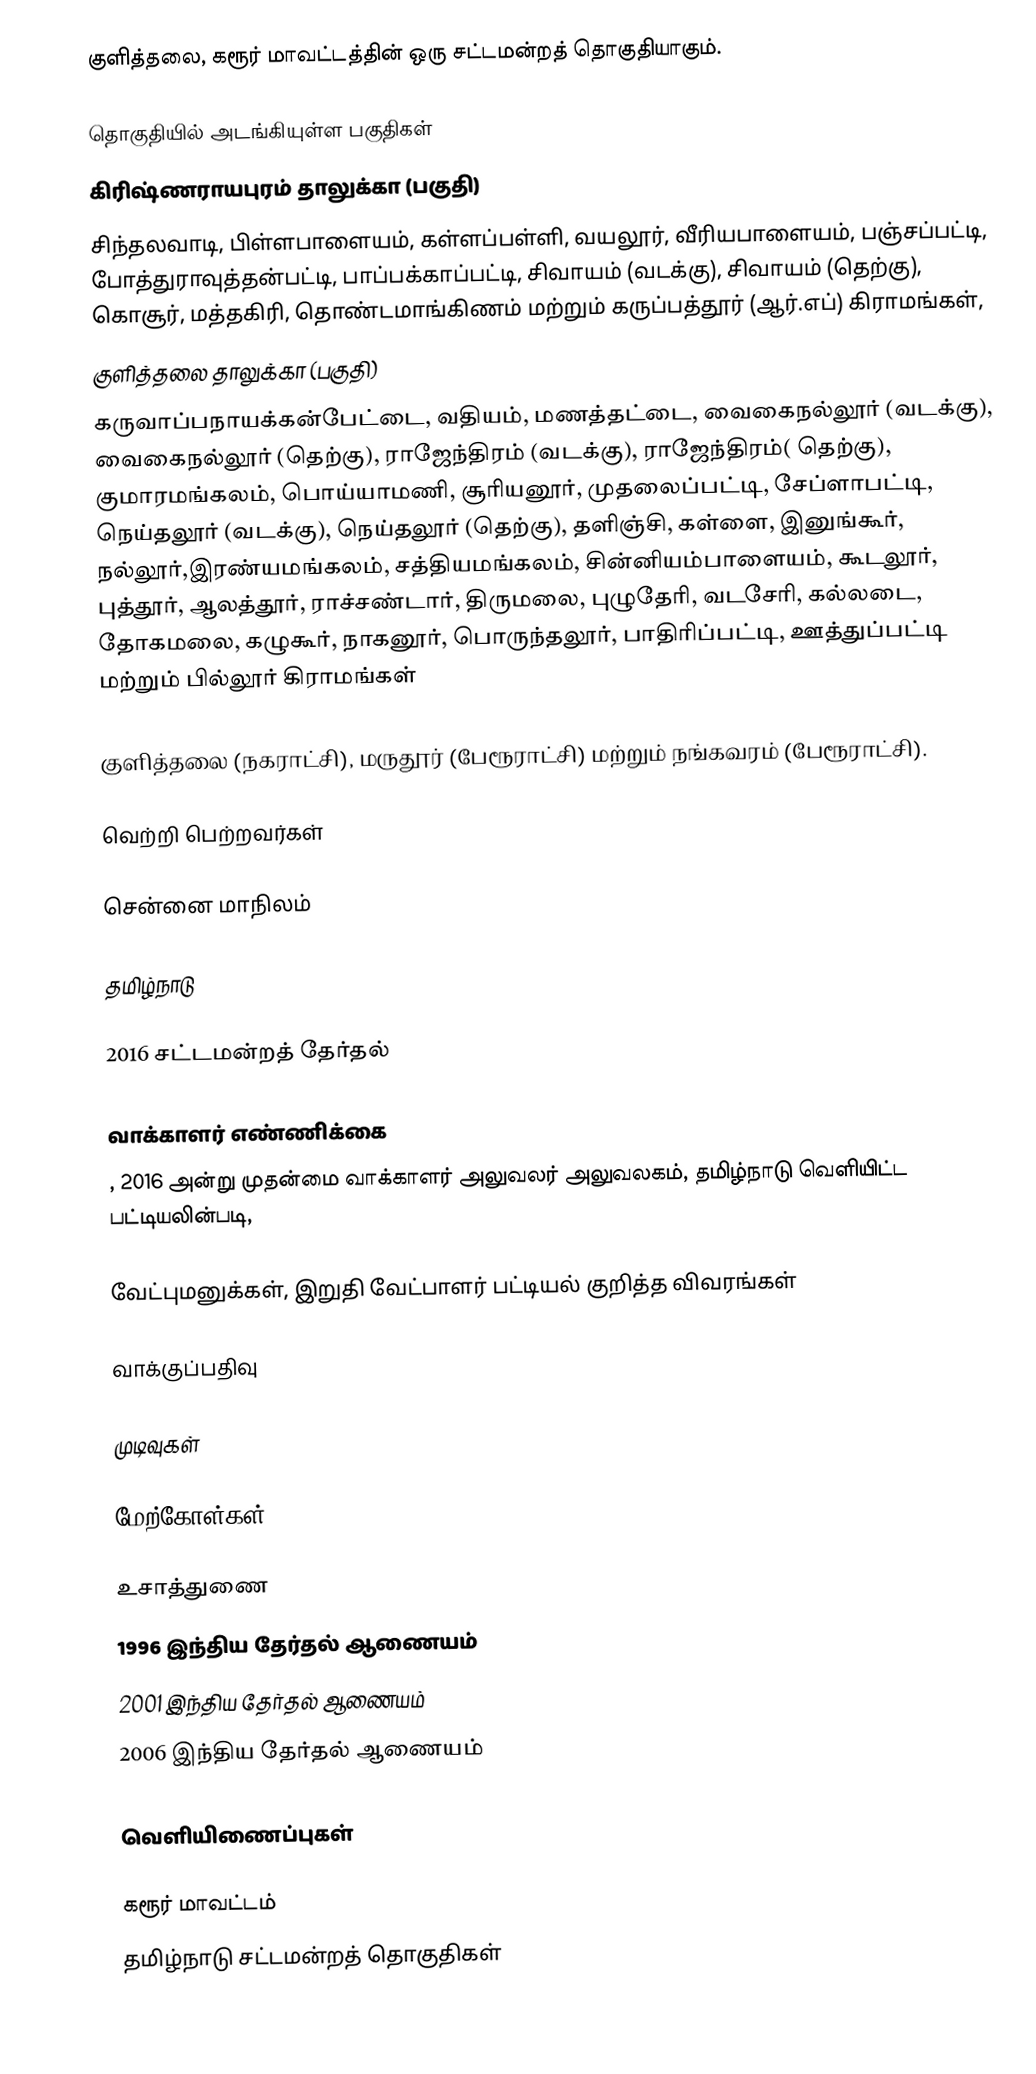
குளித்தலை, கரூர் மாவட்டத்தின் ஒரு சட்டமன்றத் தொகுதியாகும்.

தொகுதியில் அடங்கியுள்ள பகுதிகள்
கிரிஷ்ணராயபுரம் தாலுக்கா (பகுதி)
சிந்தலவாடி, பிள்ளபாளையம், கள்ளப்பள்ளி, வயலூர், வீரியபாளையம், பஞ்சப்பட்டி, போத்துராவுத்தன்பட்டி, பாப்பக்காப்பட்டி, சிவாயம் (வடக்கு), சிவாயம் (தெற்கு), கொசூர், மத்தகிரி, தொண்டமாங்கிணம் மற்றும் கருப்பத்தூர் (ஆர்.எப்) கிராமங்கள்,
குளித்தலை தாலுக்கா (பகுதி)
கருவாப்பநாயக்கன்பேட்டை, வதியம், மணத்தட்டை, வைகைநல்லூர் (வடக்கு), வைகைநல்லூர் (தெற்கு), ராஜேந்திரம் (வடக்கு), ராஜேந்திரம்( தெற்கு), குமாரமங்கலம், பொய்யாமணி, சூரியனூர், முதலைப்பட்டி, சேப்ளாபட்டி, நெய்தலூர் (வடக்கு), நெய்தலூர் (தெற்கு), தளிஞ்சி, கள்ளை, இனுங்கூர், நல்லூர்,இரண்யமங்கலம், சத்தியமங்கலம், சின்னியம்பாளையம், கூடலூர், புத்தூர், ஆலத்தூர், ராச்சண்டார், திருமலை, புழுதேரி, வடசேரி, கல்லடை, தோகமலை, கழுகூர், நாகனூர், பொருந்தலூர், பாதிரிப்பட்டி, ஊத்துப்பட்டி மற்றும் பில்லூர் கிராமங்கள்

குளித்தலை (நகராட்சி), மருதூர் (பேரூராட்சி) மற்றும் நங்கவரம் (பேரூராட்சி).

வெற்றி பெற்றவர்கள்

சென்னை மாநிலம்

தமிழ்நாடு

2016 சட்டமன்றத் தேர்தல்

வாக்காளர் எண்ணிக்கை
, 2016 அன்று முதன்மை வாக்காளர் அலுவலர் அலுவலகம், தமிழ்நாடு வெளியிட்ட பட்டியலின்படி,

வேட்புமனுக்கள், இறுதி வேட்பாளர் பட்டியல் குறித்த விவரங்கள்

வாக்குப்பதிவு

முடிவுகள்

மேற்கோள்கள்

உசாத்துணை
1996 இந்திய தேர்தல் ஆணையம்
2001 இந்திய தேர்தல் ஆணையம்
2006 இந்திய தேர்தல் ஆணையம்

வெளியிணைப்புகள்

கரூர் மாவட்டம்
தமிழ்நாடு சட்டமன்றத் தொகுதிகள்